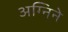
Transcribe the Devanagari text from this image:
अग्निने